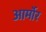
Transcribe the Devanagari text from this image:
आर्माॅर